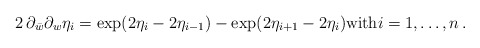
\begin{align*}2 \,\partial_{\bar{w}}\partial_{w}\eta_{i} = \exp (2 \eta_{i} - 2 \eta_{i-1} ) - \exp ( 2 \eta_{i+1} - 2 \eta_{i}) \mbox{with} i=1, \ldots, n\,.\end{align*}